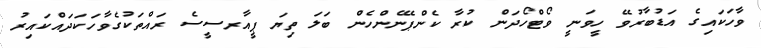
ވާހަކައިގެ އަޑުބާރުވޭ ހީވަނީ ވޯޓްހޯދަން ކުރާ ކެންޕޭނެންހެން ބަލަ ތިޔަ ޕީއާރސީސެ ރައްތަކުގެވާހަކަދައްކައިރު